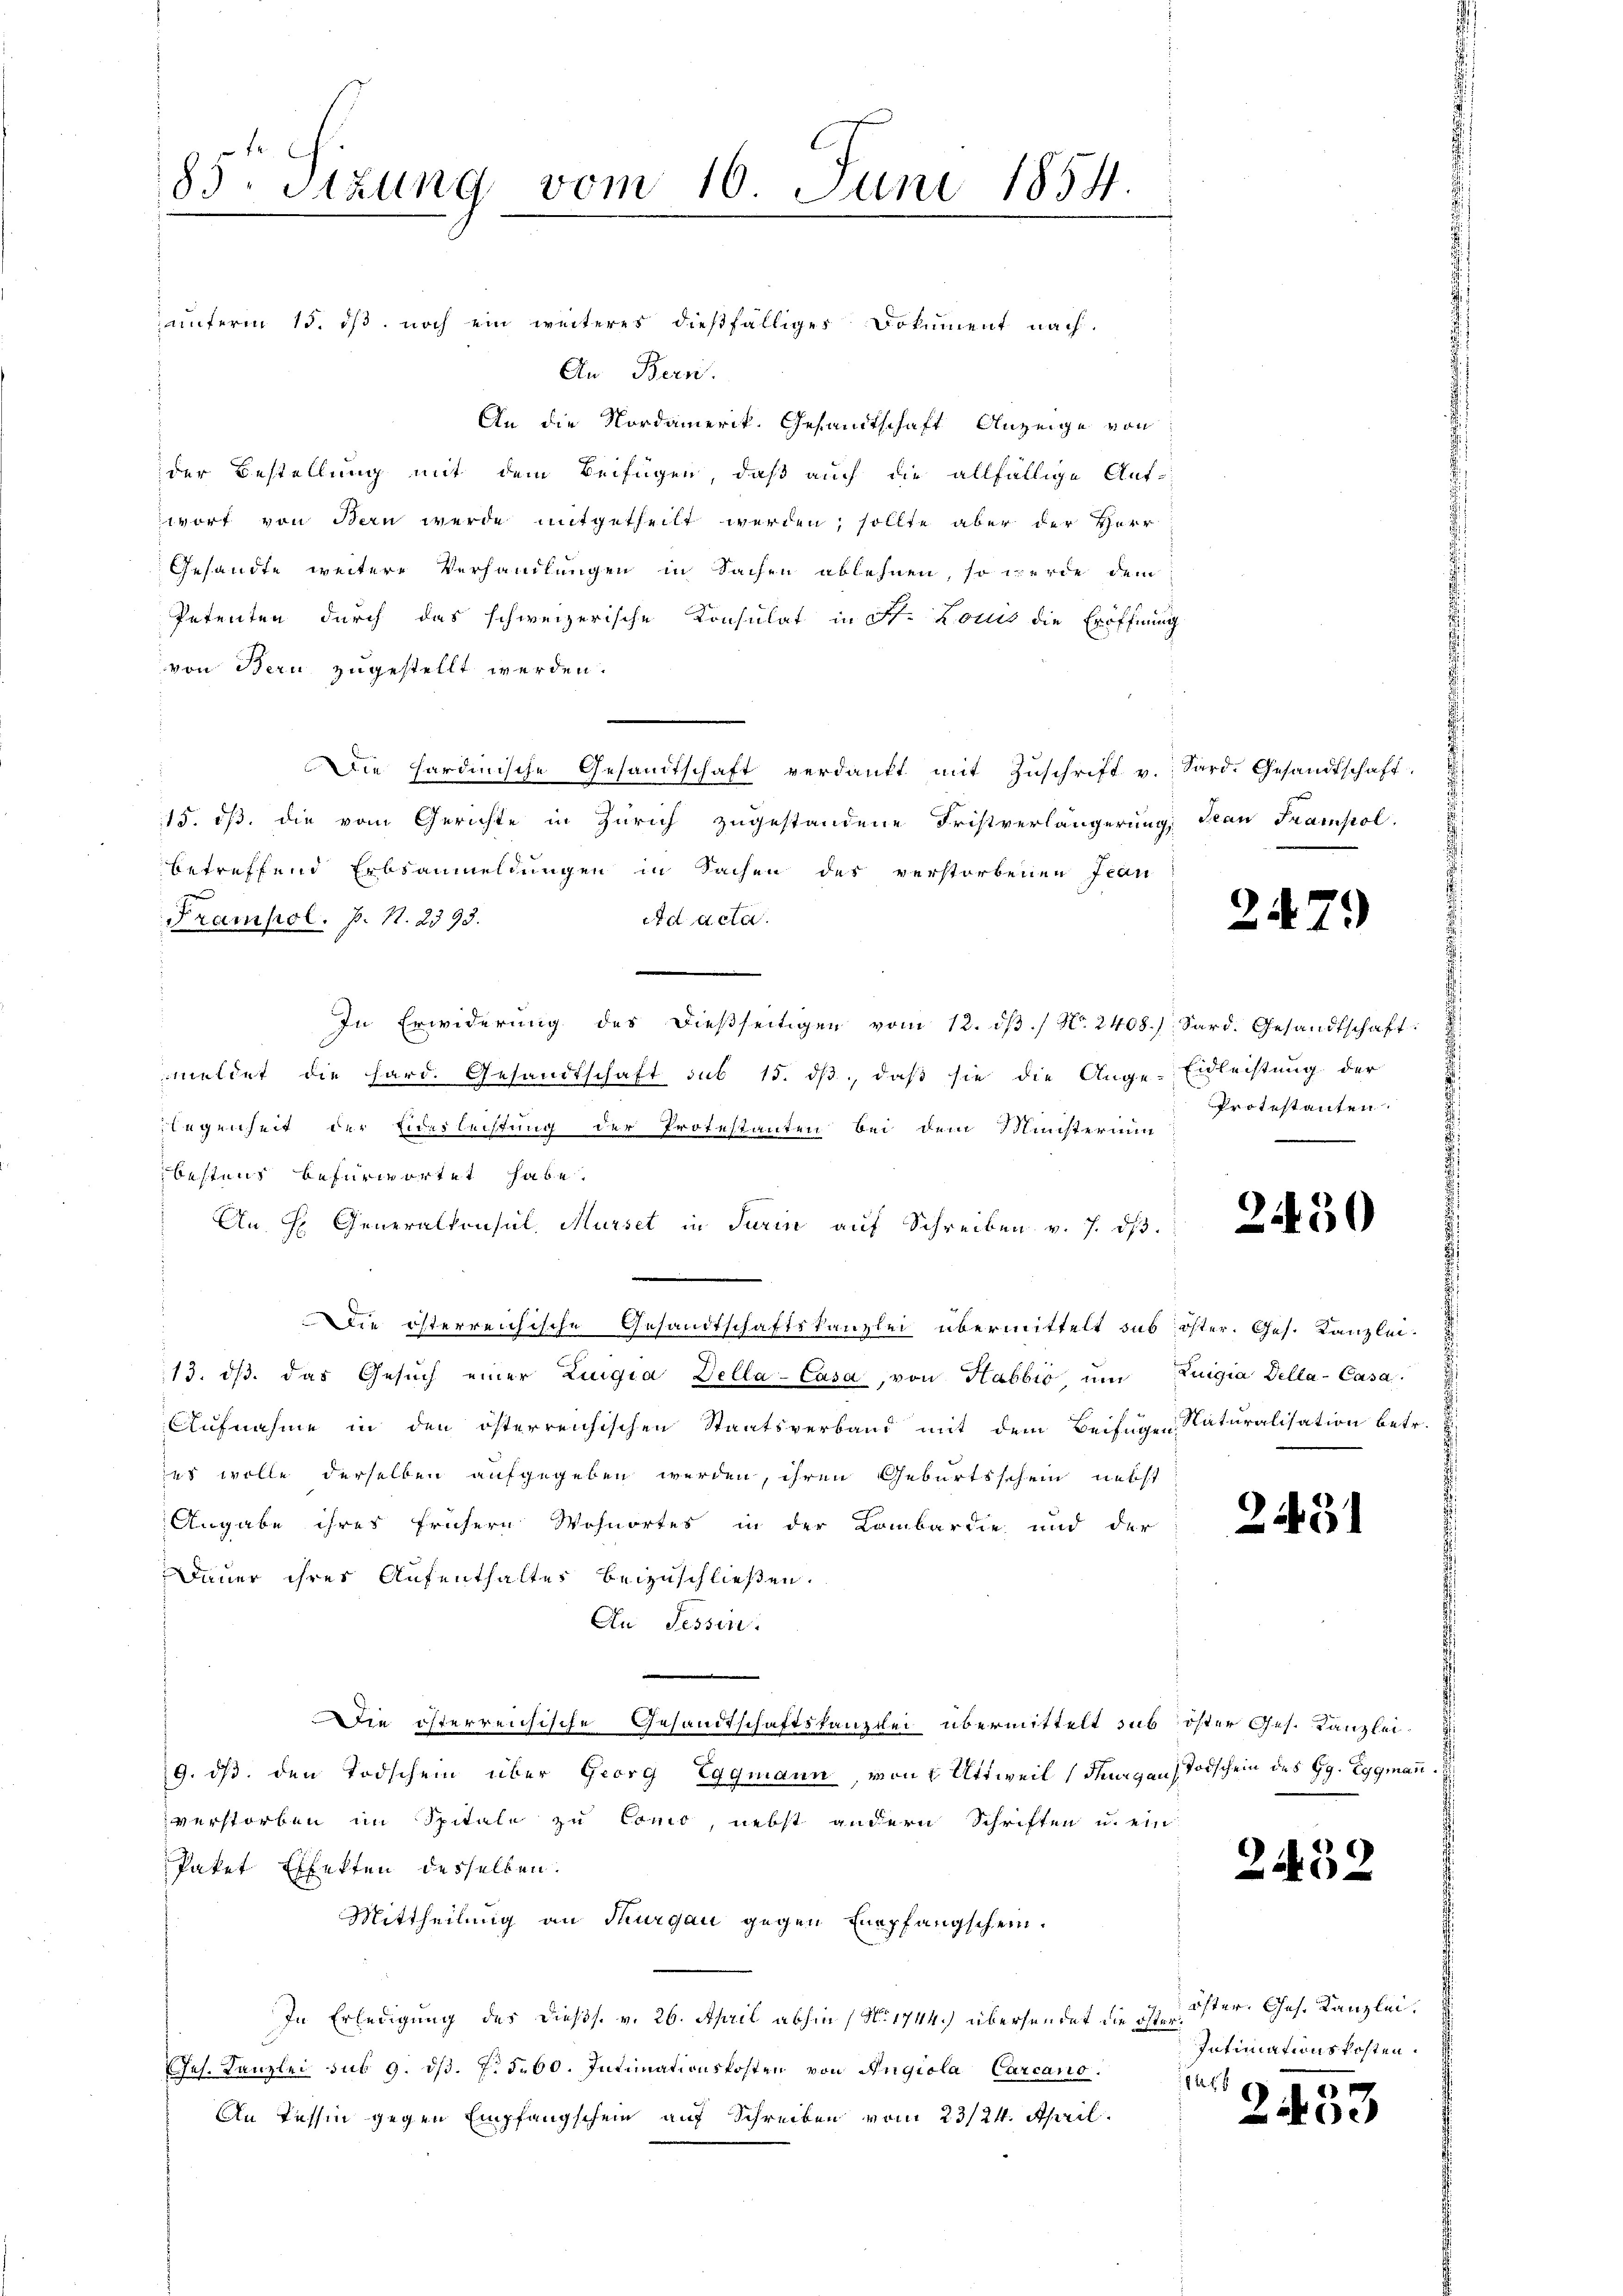
85. Sizung vom 16. Juni 1854.

anferm 15. dβ noch ein weiteres dießfälliges Dokument nach
An Bern.
An die Nordamerik. Gesandtschaft Anzeige von
der Bestellung mit dem Beifügen, daß auch die allfällige Ant-
wort von Bern werde mitgetheilt werden, sollte aber der Herr
Gesandte weitere Verhandlungen in Sachen ablehnen, so werde dem
Petenten durch das schweizerische Konsulat in St. Louis die Eröffnung
von Bern zugestellt werden.
Die hardinische Gesandtschaft verdankt mit Zŭschrift v. Sard. Gesandtschaft
15. dß. die vom Gerichte in Zürich zugestandene Fristverlängerung Jean Trampol.
betreffend Erbsanmeldungen in Sachen des verstorbenen Jean
d acta.
Frampol. P. N. 2393.
In Erwiderŭng des dießseitigen vom 12. dβ. / No. 2408.) Sard. Gesandtschaft
meldet die hard. Gesandtschaft sub 15. dβ, daβ sie die Ange-Eidleistung der
legenheit der Eidesleistung der Protestanten bei dem Ministerium
bestens befürwortet habe.
An H. Generalkonsul, Musset in darin auf Schreiben v. 7. dβ
Die österreichische Gesandtschaftskanzlei übermittelt sub öster. Ges. Kanzlei-
13. dβ. das Gesŭch einer Zugia Della-Casa, von Habbio um Zuigia della-Casa
Aufnahme in den österreichischen Staatsverband mit dem Beifügen Naturalisation betr.
us wolle derselben aufgegeben werden, ihren Geburtsschein nebst
Angabe ihres frühern Wohnortes in der Lombardie und der
Dauer ihres Aufenthaltes beizuschließen.
An Tessin.
.
Die österreichische Gesandtschaftskanzlei übermittelt sub öster Ges. Kanzlei¬
9. ds. den Todschein über Georg Eggmann, von 8 Uttweil (Thurgau) Todschein des H. Eggmann
verstorben im Spitale zu Como, nebst andern Schriften u. ein
Paket Effekten desselben
Mittheilung an Thurgau gegen Empfangschein.
In Erledigung des dießs. v. 26. April abhin (No 1744.) übersendet die ist öster. Ges. Kanzlei.
Jes. Kanzlei, sub 9. dβ. 7. 560. Intimationskosten von Angiola Carcano.
An Tessin gegen Empfangschein auf Schreiben vom 23/24. April.

Protestanten.

2.

479

2450

2431

2452

Intimationskosten.
1844 x

2453